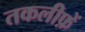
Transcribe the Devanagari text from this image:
तकलीफ़ें